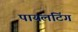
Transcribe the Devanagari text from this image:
पायलटिंग